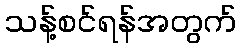
သန့်စင်ရန်အတွက်